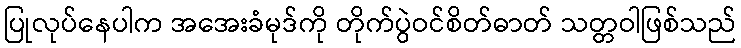
ပြုလုပ်နေပါက အအေးခံမုဒ်ကို တိုက်ပွဲဝင်စိတ်ဓာတ် သတ္တဝါဖြစ်သည်